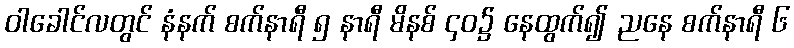
ဝါခေါင်လတွင် နံနက် စက်နာရီ ၅ နာရီ မိနစ် ၄၀၌ နေထွက်၍ ညနေ စက်နာရီ ၆